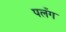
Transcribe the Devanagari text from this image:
पलँग